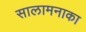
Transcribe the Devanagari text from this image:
सालामनाका